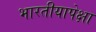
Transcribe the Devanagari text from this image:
भारतीयापेक्षा